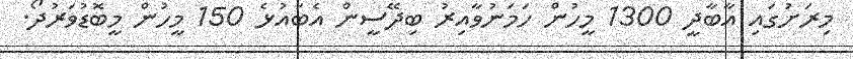
މިރަށުގައި އާބާދީ 1300 މީހުން ހަމަނުވާއިރު ބިދޭސީން އެބައުޅެ 150 މީހުން މީބޮޑުވަރުދޯ.